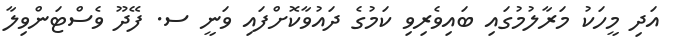
އަދި މީހަކު މަރާލުމުގައި ބައިވެރިވި ކަމުގެ ދައުވާކޮށްފައި ވަނީ ސ. ފޭދޫ ވެސްޓަންވިލާ